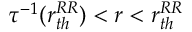
\tau ^ { - 1 } ( r _ { t h } ^ { R R } ) < r < r _ { t h } ^ { R R }